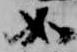
如